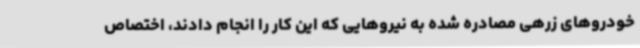
خودروهای زرهی مصادره شده به نیروهایی که این کار را انجام دادند، اختصاص